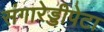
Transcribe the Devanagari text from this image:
संगारेड्डीपेटा